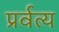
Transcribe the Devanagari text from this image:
प्रर्वत्य